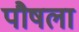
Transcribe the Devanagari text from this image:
पौषला